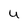
Character: U